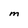
Character: M